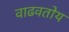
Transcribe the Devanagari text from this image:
वाढवतोय